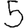
Digit: 5